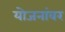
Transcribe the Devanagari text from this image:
योजनांवर